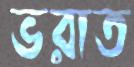
ভরাত